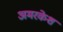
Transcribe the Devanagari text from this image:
अमरकेश